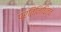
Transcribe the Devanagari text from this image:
प्रतिनिधित्व